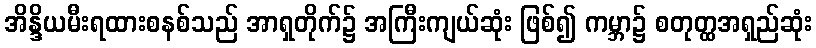
အိန္ဒိယမီးရထားစနစ်သည် အာရှတိုက်၌ အကြီးကျယ်ဆုံး ဖြစ်၍ ကမ္ဘာ၌ စတုတ္ထအရှည်ဆုံး